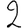
Digit: 2